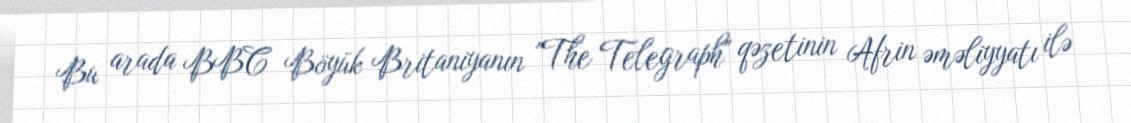
Bu arada BBC Böyük Britaniyanın "The Telegraph" qəzetinin Afrin əməliyyatı ilə